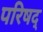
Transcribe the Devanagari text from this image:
परिषद्‍